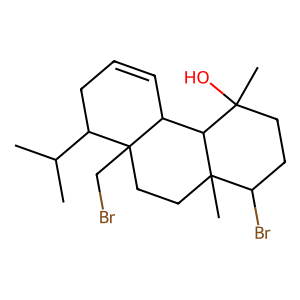
SMILES: CC(C)C1CC=CC2C3C(C)(O)CCC(Br)C3(C)CCC21CBr
Inhibits HIV replication: No